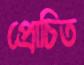
প্রোচিত